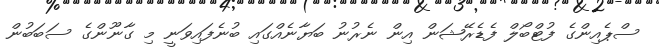
ސްޕެއިންގެ ފުޓްބޯލް ފެޑެރޭޝަން އިން ނެރުނު ބަޔާނެއްގައި ބުނެފައިވަނީ މި ގާނޫންގެ ސަބަބުން